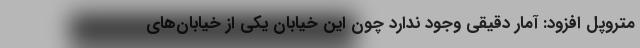
متروپل افزود: آمار دقیقی وجود ندارد چون این خیابان یکی از خیابان‌های